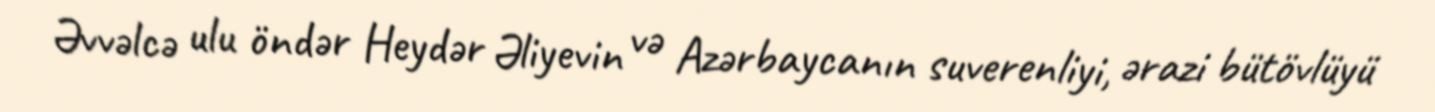
Əvvəlcə ulu öndər Heydər Əliyevin və Azərbaycanın suverenliyi, ərazi bütövlüyü